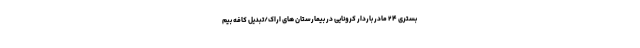
بستری ۲۴ مادر باردار کرونایی در بیمارستان های اراک/تبدیل کافه بیم